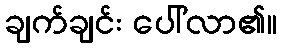
ချက်ချင်း ပေါ်လာ၏။